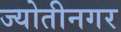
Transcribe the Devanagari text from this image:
ज्योतीनगर